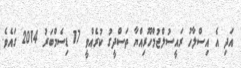
އަދި އެ އިސްލާހު ރައީސުލްޖުމްހޫރިއްޔާ ތަސްދީގު ކުރެއްވީ 17 ޑިސެމްބަރު 2014 ގައެވެ.